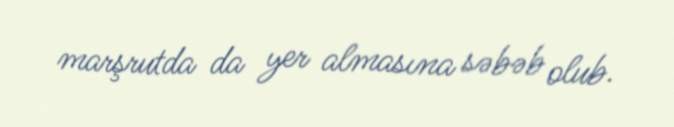
marşrutda da yer almasına səbəb olub.